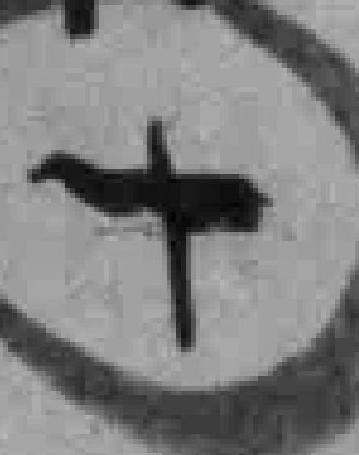
十